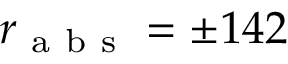
r _ { \mathrm { ~ a ~ b ~ s ~ } } = \pm 1 4 2